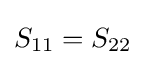
S_{11}=S_{22}